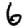
Digit: 6